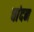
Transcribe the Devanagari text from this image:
चांदन